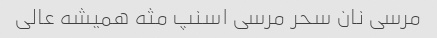
مرسی نان سحر مرسی اسنپ مثه همیشه عالی